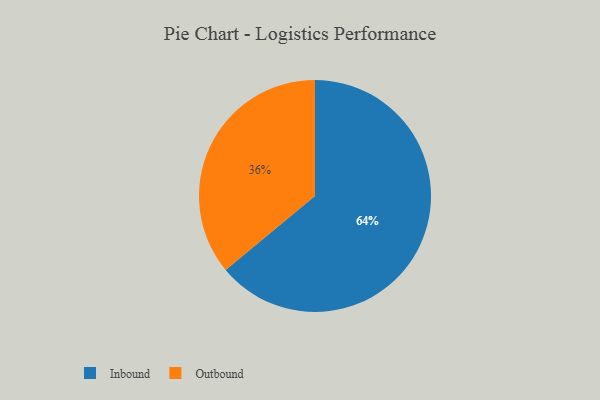
{"axis": {"x": "Category", "y": "Percentage"}, "legend": ["Inbound", "Outbound"], "data": [{"x": "Outbound", "y": 36, "type": "Outbound"}, {"x": "Inbound", "y": 64, "type": "Inbound"}]}